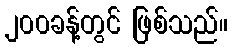
၂၀၀ခန့်တွင် ဖြစ်သည်။